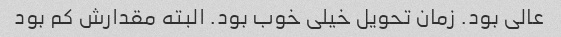
عالی بود. زمان تحویل خیلی خوب بود. البته مقدارش کم بود